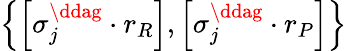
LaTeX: \left\{ \left[\sigma_{j}^{\ddag}\cdot r_{R}\right],\left[\sigma_{j}^{\ddag}\cdot r_{P}\right]\right\}